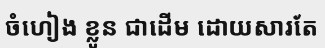
ចំហៀង ខ្លូន ជាដើម ដោយសារតែ